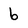
Character: 6